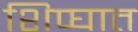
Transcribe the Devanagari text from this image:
शिप्घात